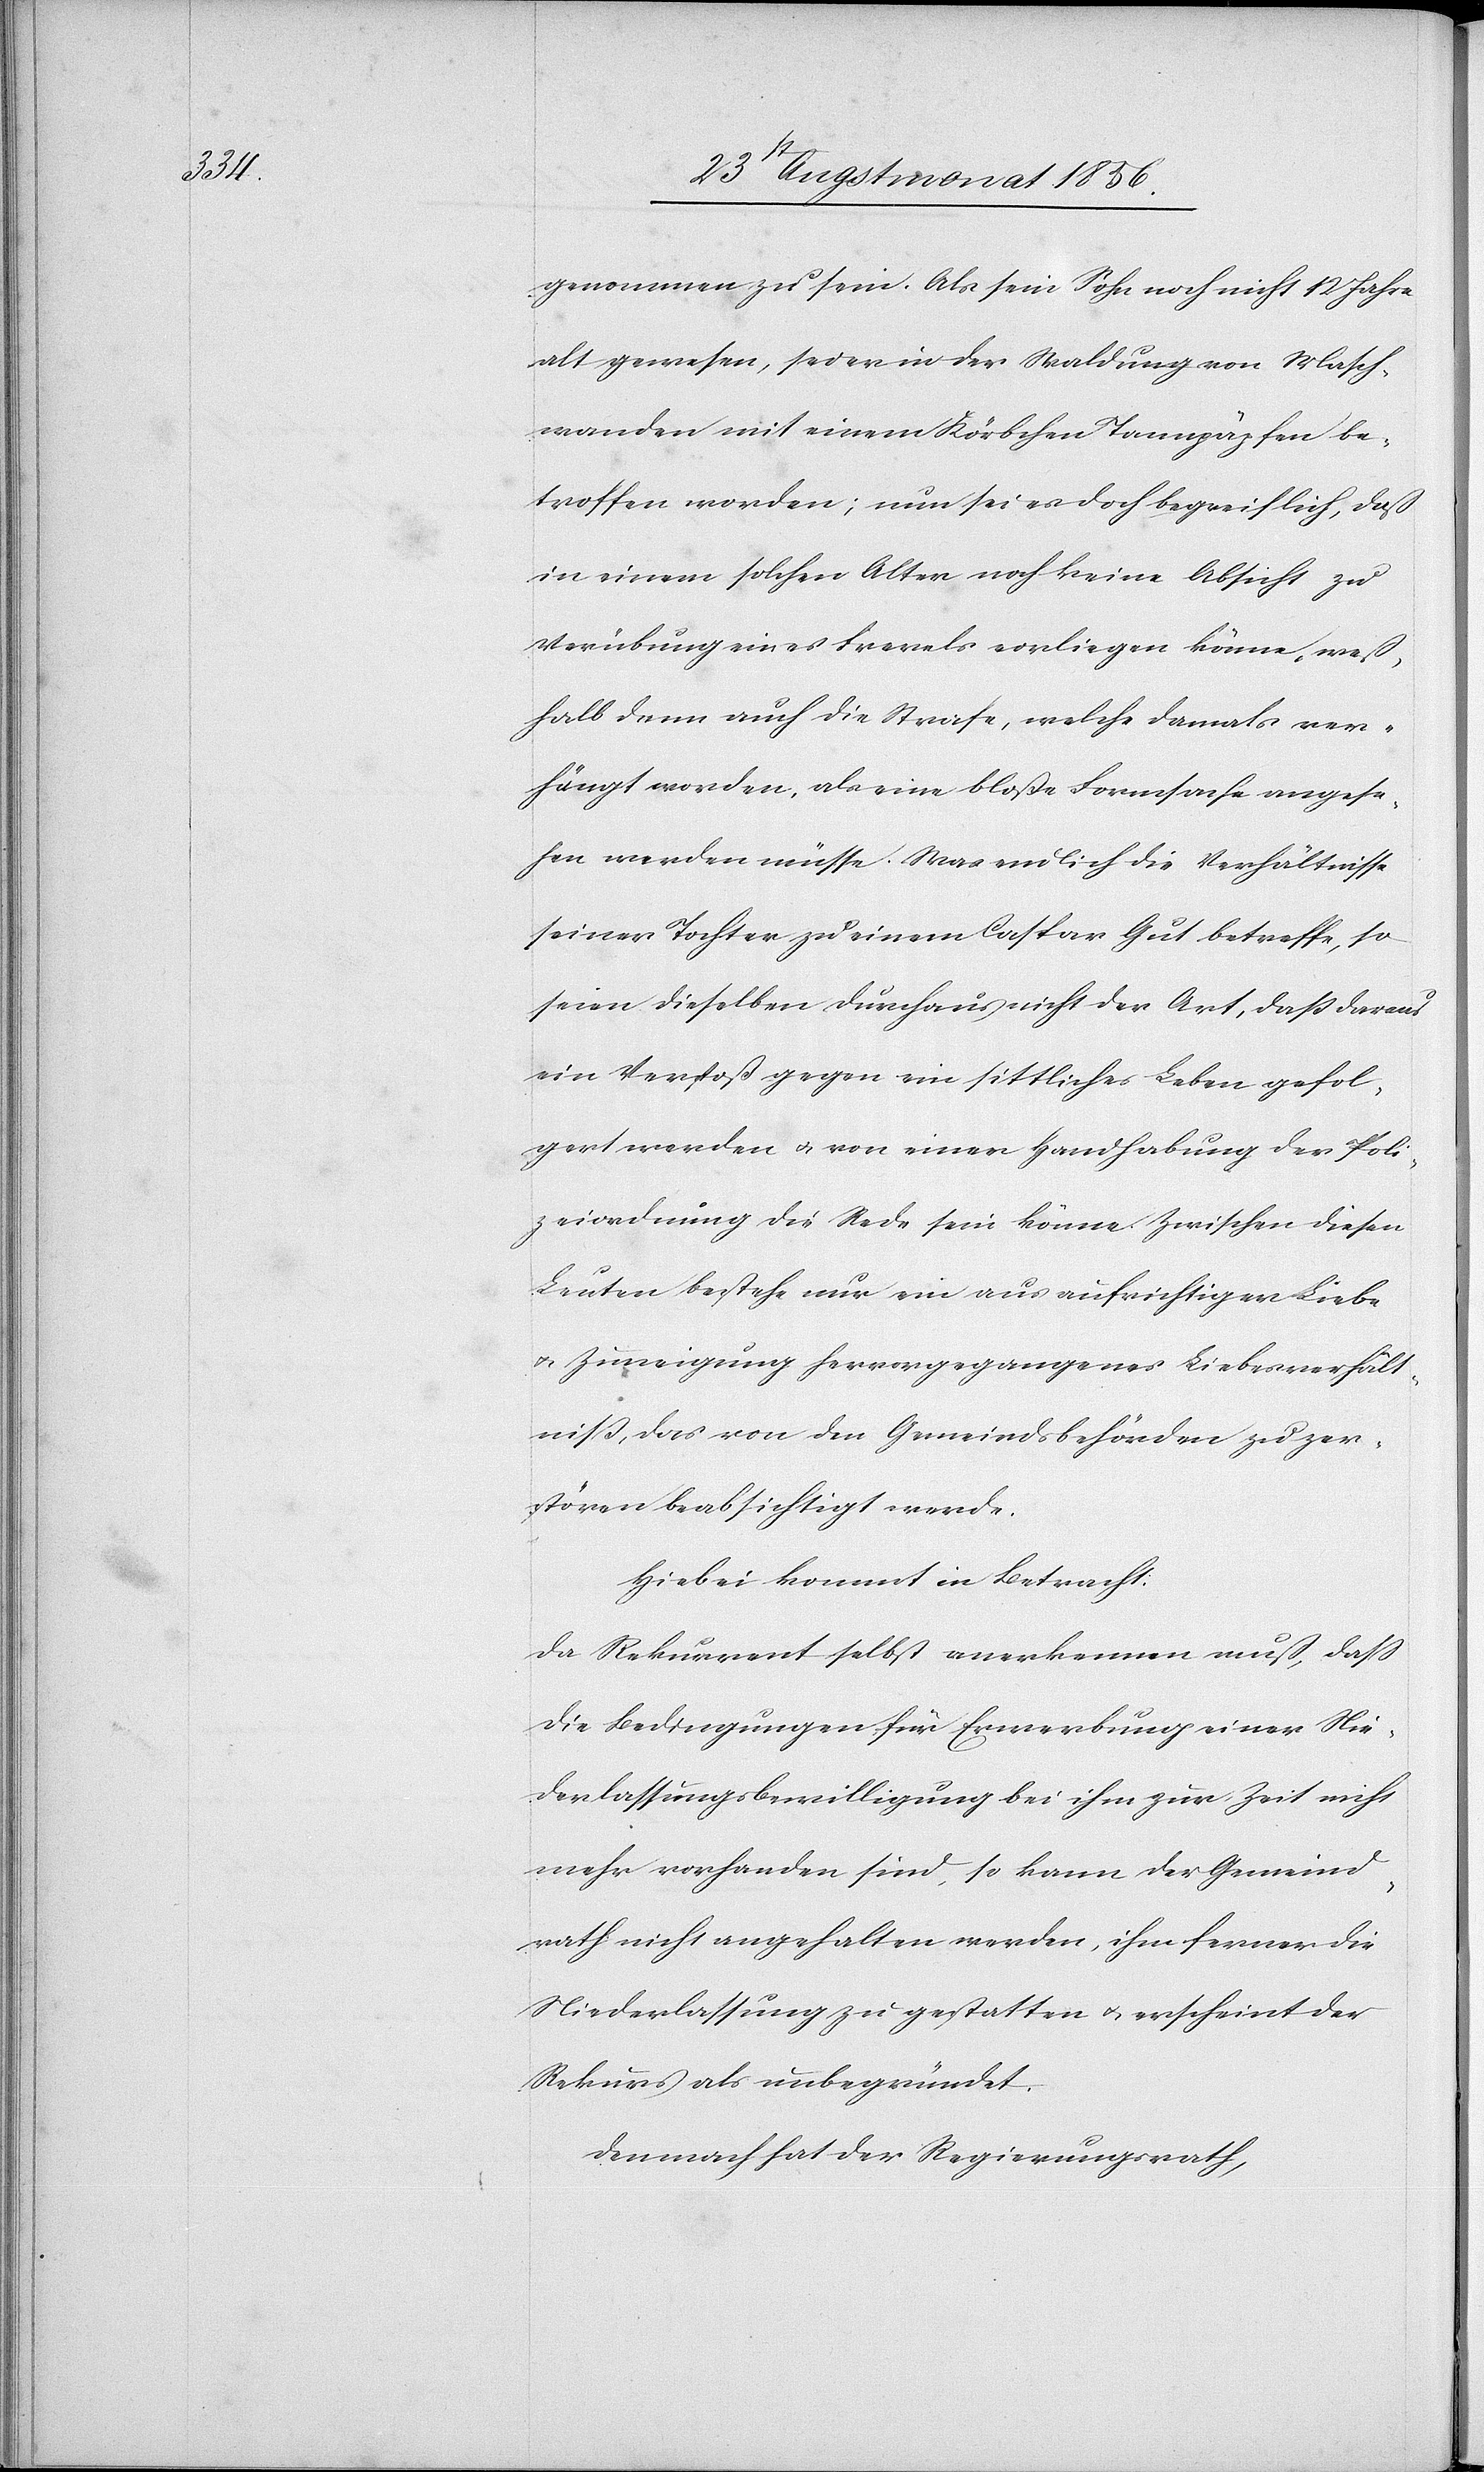
genommen zu sein. Als sein Sohn noch nicht 12 Jahre
alt gewesen, sei er in der Waldung von Masch¬
wanden mit einem Körbchen Tannzäpfen be¬
troffen worden; nun sei es doch begreiflich, daß
in einem solchen Alter noch keine Absicht zu
Verübung eines Frevels vorliegen könne, weß¬
halb dann auch die Strafe, welche damals ver¬
hängt worden, als eine bloße Formsache angese¬
hen werden müsse. Was endlich die Verhältnisse
seiner Tochter zu einem Caspar Gut betreffe, so
seien dieselben durchaus nicht der Art, dass daraus
ein Verstoß gegen ein sittliches Leben gefol¬
gert werden u. von einer Handhabung der Poli¬
zeiordnung die Rede sein könne. Zwischen diesen
Leuten bestehe nur ein aus aufrichtiger Liebe
u. Zuneigung hervorgegangenes Liebesverhält¬
niss, das von den Gemeindsbehörden zu zer¬
stören beabsichtigt werde.
Hiebei kommt in Betracht:
Da Rekurrent selbst anerkennen muß, dass
die Bedingungen für Erwerbung einer Nie¬
derlassungsbewilligung bei ihm zur Zeit nicht
mehr vorhanden sind, so kann der Gemeind¬
rath nicht angehalten werden, ihm ferner die
Niederlassung zu gestatten u. erscheint der
Rekurs als unbegründet.
Demnach hat der Regierungsrath,